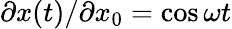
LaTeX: \partial x(t)/\partial x_{0}=\cos\omega t